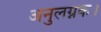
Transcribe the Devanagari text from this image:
अनुलग्नक।